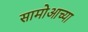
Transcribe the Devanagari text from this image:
सामोआच्या